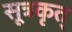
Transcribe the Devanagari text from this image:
सूत्रकृत्